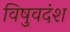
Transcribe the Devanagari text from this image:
विषुवदंश